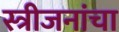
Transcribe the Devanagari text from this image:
स्त्रीजनांचा